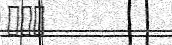
١١٢